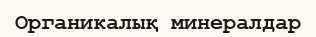
Органикалық минералдар